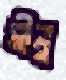
মীনু